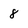
Character: 8